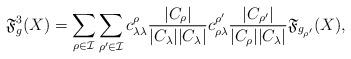
LaTeX: \begin{align*}\mathfrak{F}^3_g(X)=\sum_{\rho\in \mathcal{I}}\sum_{\rho'\in \mathcal{I}}c_{\lambda\lambda}^\rho\frac{|C_\rho|}{|C_\lambda||C_\lambda|}c_{\rho\lambda}^{\rho'}\frac{|C_{\rho'}|}{|C_\rho||C_\lambda|}\mathfrak{F}_{g_{\rho'}}(X),\end{align*}